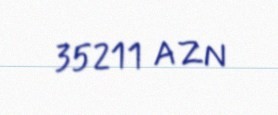
35211 AZN